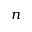
_ { n }